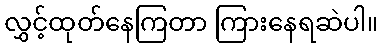
လွှင့်ထုတ်နေကြတာ ကြားနေရဆဲပါ။